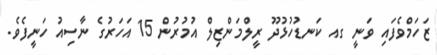
ޒަހަމްވެފައި ވަނީ ގއ ކަނޑުހުޅުދޫ ރީލްމަންޒިލް އުމުރުން 15 އަހަރުގެ ނާސިއު ހަނީފެވެ.